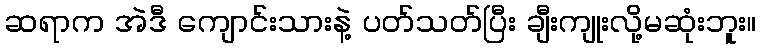
ဆရာက အဲဒီ ကျောင်းသားနဲ့ ပတ်သတ်ပြီး ချီးကျုးလို့မဆုံးဘူး။